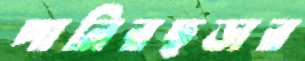
পানিরছড়ার